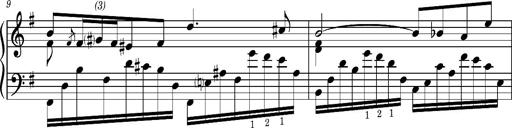
Title: Album-Leaf 'Agitato in G major' (S.167l/1)
Composer: Franz Liszt
Key: G major (S.167l/1)